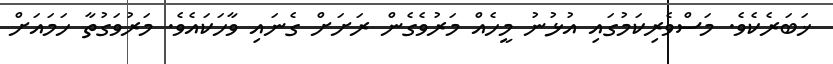
ޚަބަރެކެވެ. މަސްވެރިކަމުގައި އުޅުނު މީހެއް މަރުވެގެން ރަށަށް ގެނައި ވާހަކައެވެ. މަރުވަގުތާ ހަމައަށް